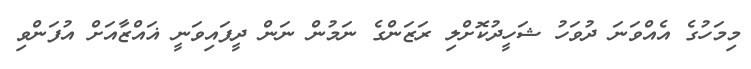
މިމަހުގެ އެއްވަނަ ދުވަހު ޝަހީދުކޮށްލި ރަޒަންގެ ނަމުން ނަން ދީފައިވަނީ ޣައްޒާއަށް އުފަންވި